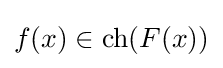
f(x)\in {\text{ch}}(F(x))